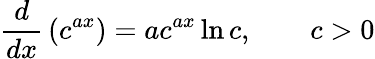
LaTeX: {\frac{d}{dx}}\left(c^{ax}\right)={ac^{ax}\ln c},\qquad c>0